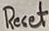
Text: Reset